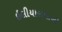
ઇલીયારાજાની